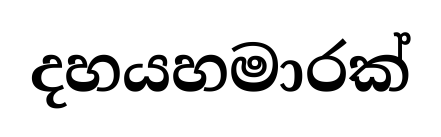
දහයහමාරක්